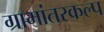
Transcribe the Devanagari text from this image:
ग्रामांतरकल्प